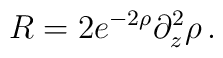
R=2e^{-2\rho }\partial _{z}^{2}\rho \, .